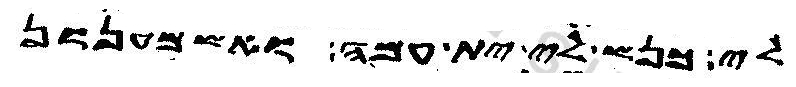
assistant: לי כנש לי ית עמה ואשמענון